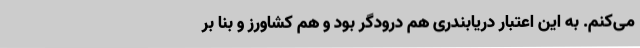
می‌کنم. به این اعتبار دریابندری هم درودگر بود و هم کشاورز و بنا بر